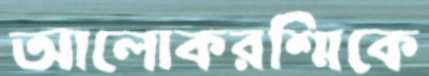
আলোকরশ্মিকে